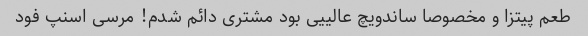
طعم پیتزا و مخصوصا ساندویچ عالییی بود مشتری دائم شدم! مرسی اسنپ فود